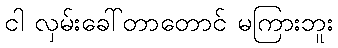
ငါ လှမ်းခေါ်တာတောင် မကြားဘူး